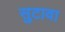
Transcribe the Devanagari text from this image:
सुटावा